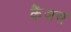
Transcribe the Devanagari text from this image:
कैंजस